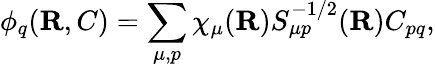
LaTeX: \phi_{q}({\mathbf{R}},C)=\sum_{\mu,p}\chi_{\mu}({\mathbf{R}})S_{\mu p}^{-1/2}({\mathbf{R}})C_{pq},